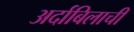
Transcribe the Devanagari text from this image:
अर्दाबिलाची